Lunatic asylums Central Provinces reports 1886-1894 - 1886-1894
Year: 1886
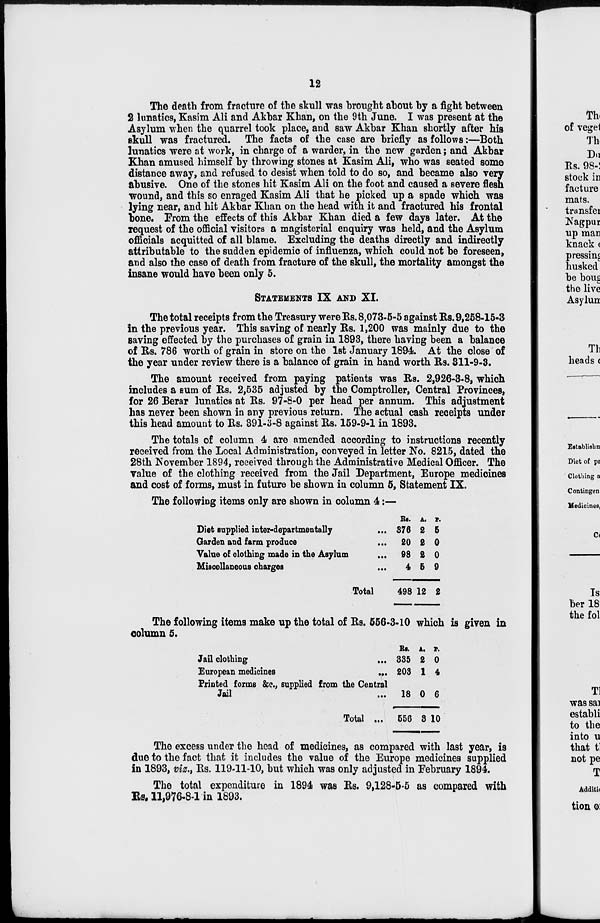
12
The death from fracture of the skull was brought about by a fight between
2 lunatics, Kasim Ali and Akbar Khan, on the 9th June. I was present at the
Asylum when the quarrel took place, and saw Akbar Khan shortly after his
skull was fractured. The facts of the case are briefly as follows:—Both
lunatics were at work, in charge of a warder, in the new garden; and Akbar
Khan amused himself by throwing stones at Kasim Ali, who was seated some
distance away, and refused to desist when told to do so, and became also very
abusive. One of the stones hit Kasim Ali on the foot and caused a severe flesh
wound, and this so enraged Kasim Ali that he picked up a spade which was
lying near, and hit Akbar Khan on the head with it and fractured his frontal
bone. From the effects of this Akbar Khan died a few days later. At the
request of the official visitors a magisterial enquiry was held, and the Asylum
officials acquitted of all blame. Excluding the deaths directly and indirectly
attributable to the sudden epidemic of influenza, which could not be foreseen,
and also the case of death from fracture of the skull, the mortality amongst the
insane would have been only 5.
STATEMENTS IX AND XI.
The total receipts from the Treasury were Rs. 8,073-5-5 against Rs. 9,258-15-3
in the previous year. This saving of nearly Rs. 1,200 was mainly due to the
saving effected by the purchases of grain in 1893, there having been a balance
of Rs. 786 worth of grain in store on the 1st January 1894. At the close of
the year under review there is a balance of grain in hand worth Rs. 311-9-3.
The amount received from paying patients was Rs. 2,926-3-8, which
includes a sum of Rs. 2,535 adjusted by the Comptroller, Central Provinces,
for 26 Berar lunatics at Rs. 97-8-0 per head per annum. This adjustment
has never been shown in any previous return. The actual cash receipts under
this head amount to Rs. 391-3-8 against Rs. 159-9-1 in 1893.
The totals of column 4 are amended according to instructions recently
received from the Local Administration, conveyed in letter No. 8215, dated the
28th November 1894, received through the Administrative Medical Officer. The
value of the clothing received from the Jail Department, Europe medicines
and cost of forms, must in future be shown in column 5, Statement IX.
The following items only are shown in column 4:—
Diet supplied inter-departmentally ...
Garden and farm produce ...
Value of clothing made in the Asylum ...
Miscellaneous charges ...
Total
Rs.
376
20
98
4
498
A.
2
2
2
5
12
P.
5
0
0
9
2
The following items make up the total of Rs. 556-3-10 which is given in
column 5.
Jail clothing
...
European medicines
...
Printed forms &c., supplied from the Central
Jail ...
Total ...
Rs.
335
203
18
556
A.
2
1
0
3
P.
0
4
6
10
The excess under the head of medicines, as compared with last year, is
due to the fact that it includes the value of the Europe medicines supplied
in 1893, viz ., Rs. 119-11-10, but which was only adjusted in February 1894.
The total expenditure in 1894 was Rs. 9,128-5-5 as compared with
Rs. 11,976-8-1 in 1893.